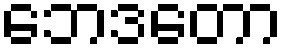
ဘေဒတော